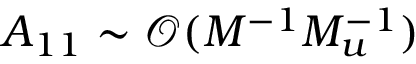
A _ { 1 1 } \sim \mathcal { O } ( M ^ { - 1 } M _ { u } ^ { - 1 } )